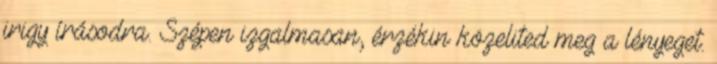
irigy írásodra. Szépen izgalmasan, érzékin közelited meg a lényeget.